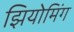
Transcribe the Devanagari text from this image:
झियोमिंग